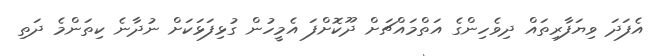
އެފަދަ ވިޔަފާރިތައް ދިވެހިންގެ އަތްމައްޗަށް ދޫކޮށްފަ އެމީހުން ގުޅިފަޅަކަށް ނުދާނެ ކިތަންމެ ދަތި